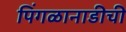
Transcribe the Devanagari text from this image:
पिंगळानाडीची